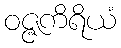
ဝဇ္ဇကိရိယံ